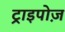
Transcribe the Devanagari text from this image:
ट्राइपोज़